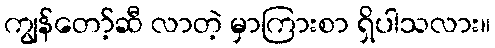
ကျွန်တော့်ဆီ လာတဲ့ မှာကြားစာ ရှိပါသလား။